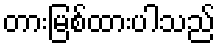
တားမြစ်ထားပါသည်